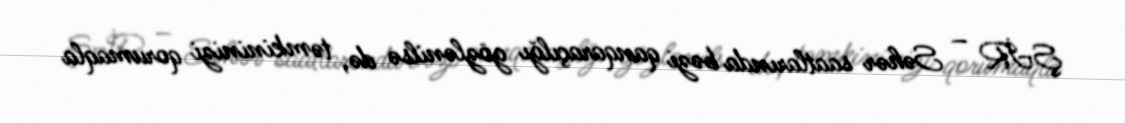
ŞİR – Səhər saatlarında bəzi qanqaraçılğı gözlənilsə də, təmkininizi qorumaqla